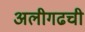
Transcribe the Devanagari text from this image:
अलीगढची